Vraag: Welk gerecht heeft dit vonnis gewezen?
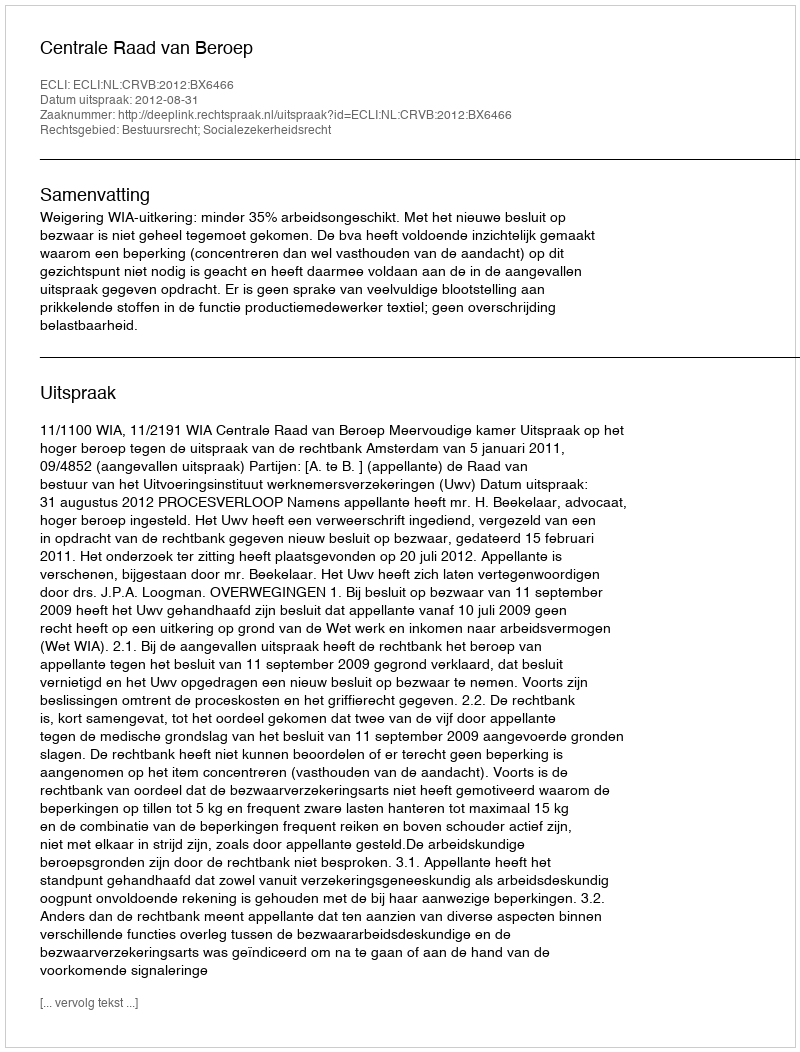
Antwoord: Centrale Raad van Beroep